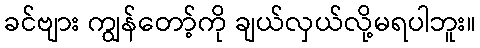
ခင်ဗျား ကျွန်တော့်ကို ချယ်လှယ်လို့မရပါဘူး။